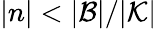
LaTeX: |n|<|\mathcal{B}|/|\mathcal{K}|